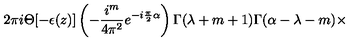
2 \pi i \Theta [ - \epsilon ( z ) ] \left( - \frac { i ^ { m } } { 4 { \pi } ^ { 2 } } e ^ { - i \frac { \pi } { 2 } \alpha } \right) \Gamma ( \lambda + m + 1 ) \Gamma ( \alpha - \lambda - m ) \times